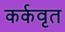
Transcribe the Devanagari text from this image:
कर्कवृत